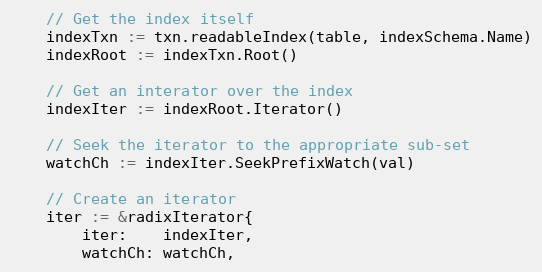
Language: Go
	// Get the index itself
	indexTxn := txn.readableIndex(table, indexSchema.Name)
	indexRoot := indexTxn.Root()

	// Get an interator over the index
	indexIter := indexRoot.Iterator()

	// Seek the iterator to the appropriate sub-set
	watchCh := indexIter.SeekPrefixWatch(val)

	// Create an iterator
	iter := &radixIterator{
		iter:    indexIter,
		watchCh: watchCh,